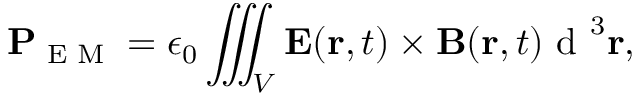
\mathbf { P } _ { \textrm { E M } } = \epsilon _ { 0 } \iiint _ { V } \mathbf { E } ( \mathbf { r } , t ) \times \mathbf { B } ( \mathbf { r } , t ) { \textrm { d } } ^ { 3 } \mathbf { r } ,